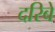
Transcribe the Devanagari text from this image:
दरिबे